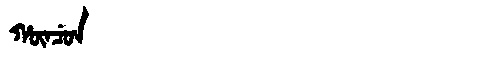
Manchu: ᡥᡡᠨᠴᡠᠨ
Romanization: HŪNCUN